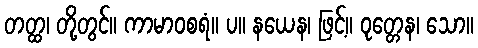
တတ္ထ၊ တို့တွင်။ ကာမာဝစရံ။ ပ။ နယေန၊ ဖြင့်။ ဝုတ္တေန၊ သော။